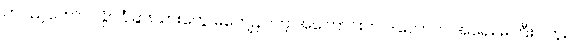
တပည့်တော်။ ။ နိုင်ငံခြားသားတွေ မကျေနပ်တဲ့ အကြောင်းက ဒါလောက် အရေး မကြီးပါဘူး